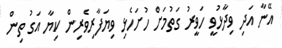
އޭނާ އަދި ވިދާޅުވީ ހަވީރު ގަތުމަށް ހުށަހެޅި ވިޔަފާރިވެރިން ކިޔާ އަގު ތިން